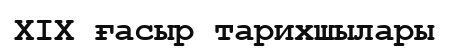
XIX ғасыр тарихшылары